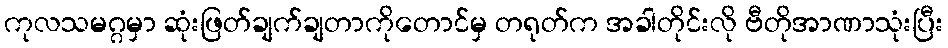
ကုလသမဂ္ဂမှာ ဆုံးဖြတ်ချက်ချတာကိုတောင်မှ တရုတ်က အခါတိုင်းလို ဗီတိုအာဏာသုံးပြီး